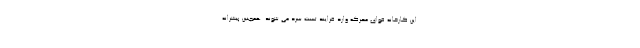
این کارخانه قوای محرکه وارد فرایند تست سرد می شوند. همچنین پیشرانه